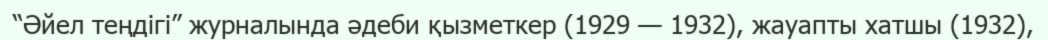
“Әйел теңдігі” журналында әдеби қызметкер (1929 — 1932), жауапты хатшы (1932),